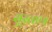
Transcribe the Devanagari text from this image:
सुरताण